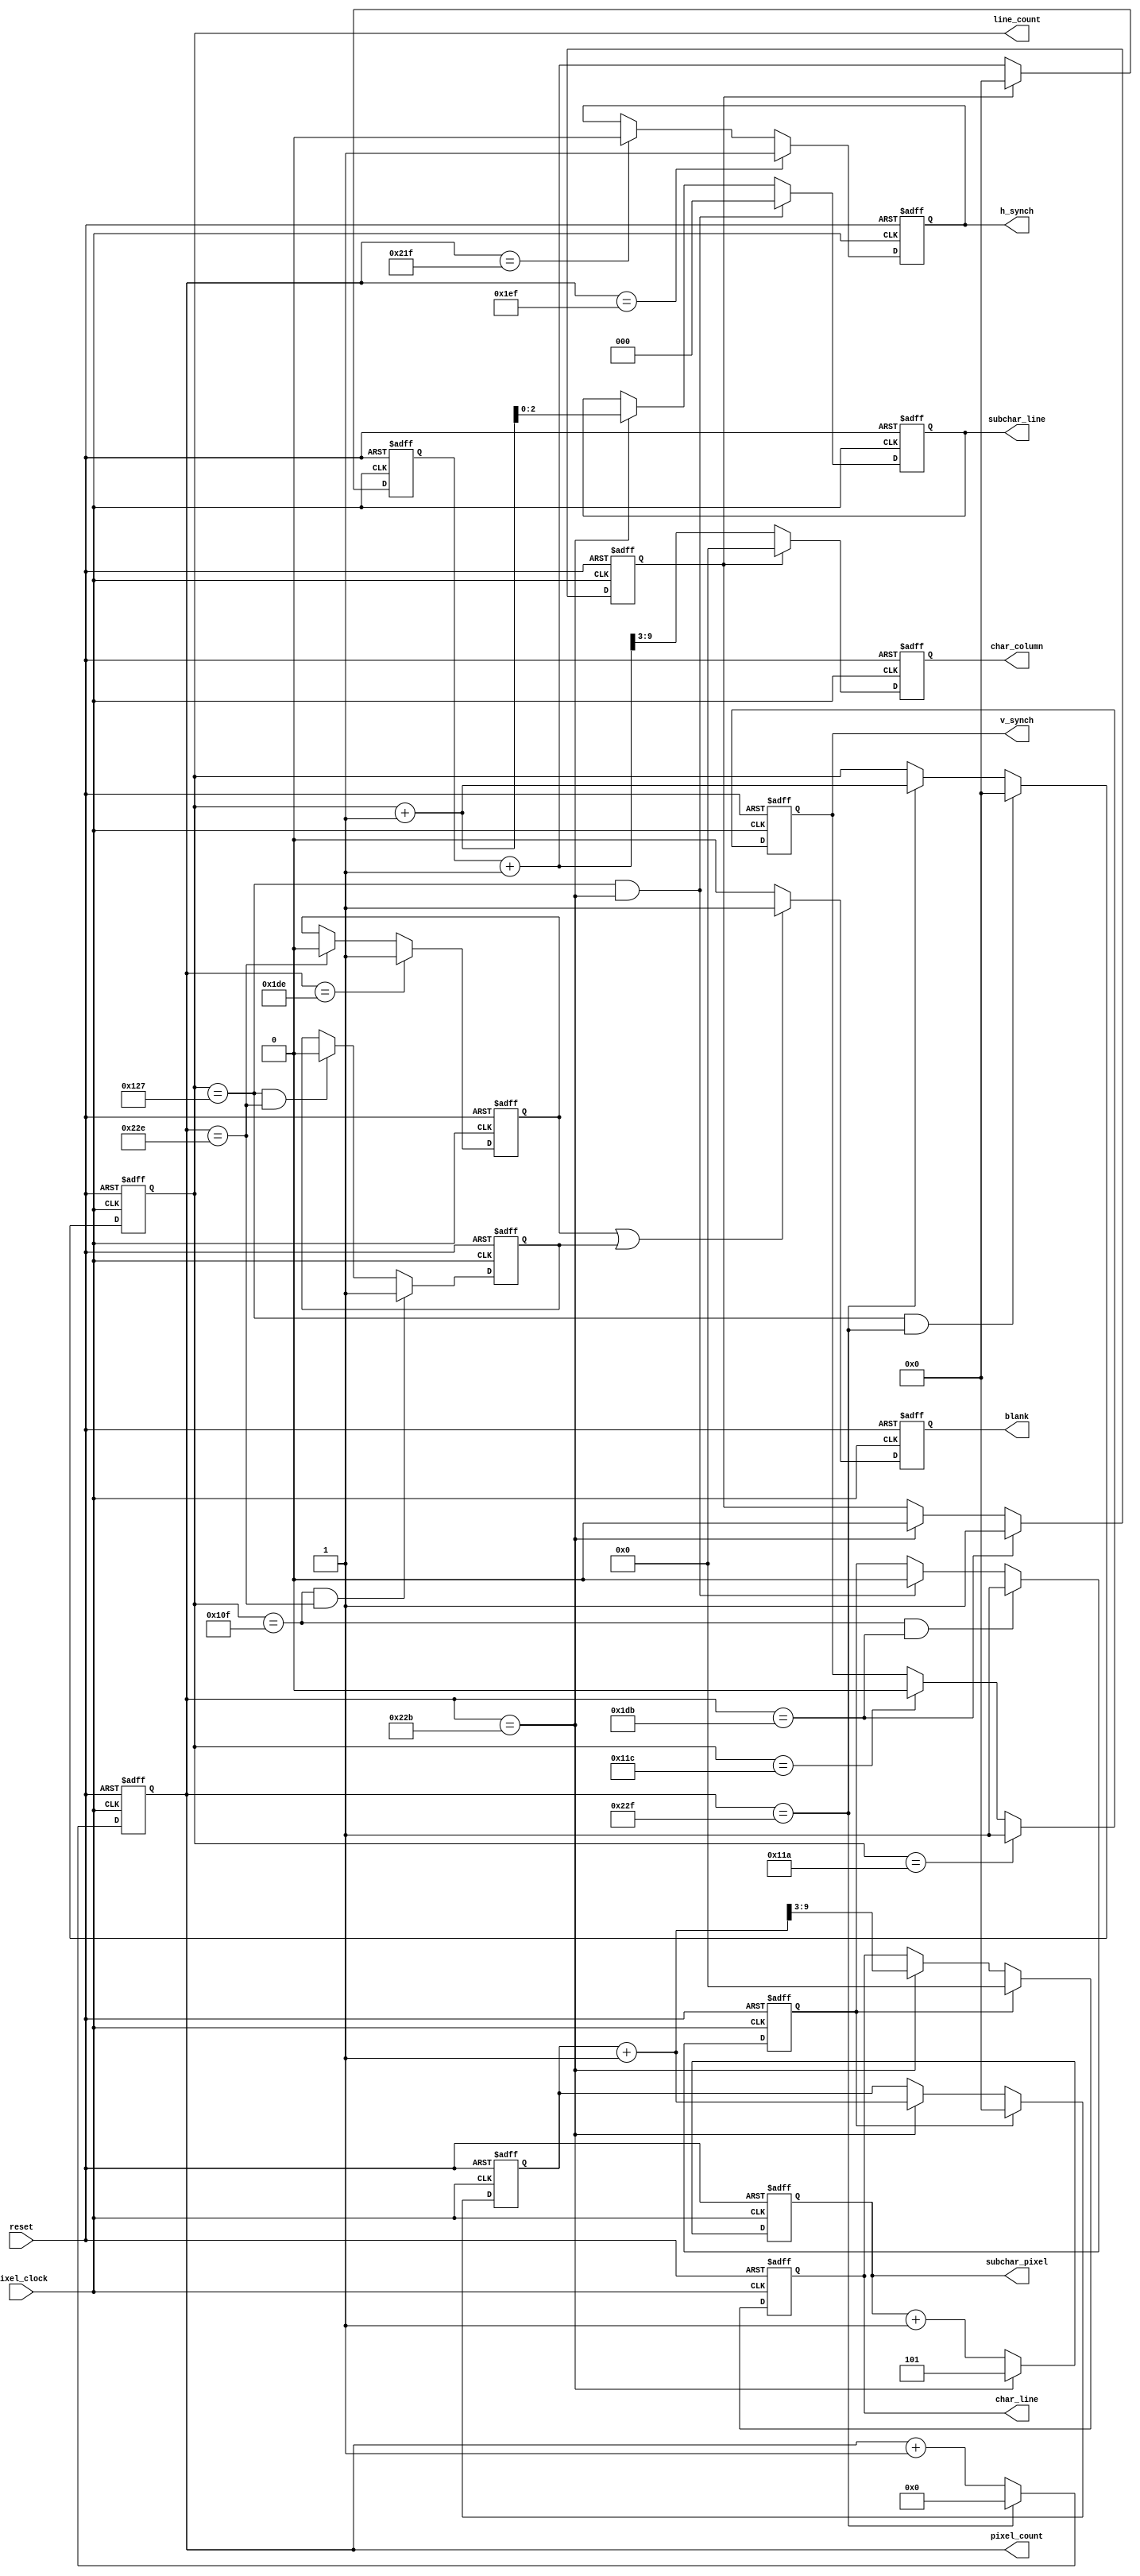
`timescale 1ns / 1ps

`define CHARACTER_DECODE_DELAY  4

//  480 X 272 @ 60Hz with a 25.175MHz pixel clock
`define H_ACTIVE 480       // pixels
`define H_FRONT_PORCH 16   // pixels
`define H_BACK_PORCH 48    // pixels
`define H_BACK_PORCH 16    // pixels
`define H_TOTAL 560        // pixels

`define V_ACTIVE 272       // lines
`define V_FRONT_PORCH 11   // lines
`define V_SYNCH 2          // lines
`define V_BACK_PORCH 11    // lines
`define V_TOTAL 296        // lines

`define CLK_MULTIPLY 2		// 50 * 2/4 = 25.000 MHz
`define CLK_DIVIDE 4

module SVGA_TIMING_GENERATION (
  input pixel_clock,              // pixel clock
  input reset,                    // reset
  output reg h_synch,             // horizontal synch for VGA connector
  output reg v_synch,             // vertical synch for VGA connector
  output reg blank,               // composite blanking
  output reg [10:0] pixel_count,  // counts the pixels in a line
  output reg [9:0] line_count,    // counts the display lines
  output reg [2:0] subchar_pixel, // pixel position within the character
  output reg [2:0] subchar_line,  // identifies the line number within a character block
  output reg [6:0] char_column,   // character number on the current line
  output reg [6:0] char_line      // line number on the screen
);

reg h_blank;                    // horizontal blanking
reg v_blank;                    // vertical blanking
reg [9:0] char_column_count;    // a counter used to define the character column number
reg [9:0] char_line_count;      // a counter used to define the character line number
reg reset_char_line;            // flag to reset the character line during VBI
reg reset_char_column;          // flag to reset the character column during HBI

// CREATE THE HORIZONTAL LINE PIXEL COUNTER
always @ (posedge pixel_clock or posedge reset) begin
  if (reset)
  // on reset set pixel counter to 0
    pixel_count <= 11'd0;
  else if (pixel_count == (`H_TOTAL - 1))
  // last pixel in the line, so reset pixel counter
    pixel_count <= 11'd0;
  else
    pixel_count <= pixel_count + 1;
end

// CREATE THE HORIZONTAL SYNCH PULSE
always @ (posedge pixel_clock or posedge reset) begin
  if (reset)
  // on reset remove h_synch
    h_synch <= 1'b0;
  else if (pixel_count == (`H_ACTIVE + `H_FRONT_PORCH - 1))
  // start of h_synch
    h_synch <= 1'b1;
  else if (pixel_count == (`H_TOTAL - `H_BACK_PORCH - 1))
  // end of h_synch
    h_synch <= 1'b0;
end

// CREATE THE VERTICAL FRAME LINE COUNTER
always @ (posedge pixel_clock or posedge reset) begin
  if (reset)
  // on reset set line counter to 0
    line_count <= 10'd0;
  else if ((line_count == (`V_TOTAL - 1)) & (pixel_count == (`H_TOTAL - 1)))
  // last pixel in last line of frame, so reset line counter
    line_count <= 10'd0;
  else if ((pixel_count == (`H_TOTAL - 1)))
  // last pixel but not last line, so increment line counter
    line_count <= line_count + 1;
end

// CREATE THE VERTICAL SYNCH PULSE
always @ (posedge pixel_clock or posedge reset) begin
  if (reset)
  // on reset remove v_synch
    v_synch = 1'b0;
  else if ((line_count == (`V_ACTIVE + `V_FRONT_PORCH - 1))) 
  // start of v_synch
    v_synch = 1'b1;
  else if ((line_count == (`V_TOTAL - `V_BACK_PORCH - 1)))
  // end of v_synch
    v_synch = 1'b0;
end

// CREATE THE HORIZONTAL BLANKING SIGNAL
// the "-2" is used instead of "-1" because of the extra register delay
// for the composite blanking signal 
always @ (posedge pixel_clock or posedge reset) begin
  if (reset)
  // on reset remove the h_blank
    h_blank <= 1'b0;
  else if (pixel_count == (`H_ACTIVE -2)) 
  // start of HBI
    h_blank <= 1'b1;
  else if (pixel_count == (`H_TOTAL -2))
  // end of HBI
    h_blank <= 1'b0;
end

// CREATE THE VERTICAL BLANKING SIGNAL
// the "-2" is used instead of "-1"  in the horizontal factor because of the extra
// register delay for the composite blanking signal 
always @ (posedge pixel_clock or posedge reset) begin
  if (reset)
  // on reset remove v_blank
    v_blank <= 1'b0;
  else if ((line_count == (`V_ACTIVE - 1) & (pixel_count == `H_TOTAL - 2))) 
  // start of VBI
    v_blank <= 1'b1;
  else if ((line_count == (`V_TOTAL - 1)) & (pixel_count == (`H_TOTAL - 2)))
  // end of VBI
    v_blank <= 1'b0;
end

// CREATE THE COMPOSITE BANKING SIGNAL
always @ (posedge pixel_clock or posedge reset) begin
  if (reset)
  // on reset remove blank
    blank <= 1'b0;
  // blank during HBI or VBI
  else if (h_blank || v_blank)
    blank <= 1'b1;
  else
  // active video do not blank
    blank <= 1'b0;
end

/* 
   CREATE THE CHARACTER COUNTER.
   CHARACTERS ARE DEFINED WITHIN AN 8 x 8 PIXEL BLOCK.

	A 640  x 480 video mode will display 80  characters on 60 lines.
	A 800  x 600 video mode will display 100 characters on 75 lines.
	A 1024 x 768 video mode will display 128 characters on 96 lines.

	"subchar_line" identifies the row in the 8 x 8 block.
	"subchar_pixel" identifies the column in the 8 x 8 block.
*/

// CREATE THE VERTICAL FRAME LINE COUNTER
always @ (posedge pixel_clock or posedge reset) begin
  if (reset)
  // on reset set line counter to 0
    subchar_line <= 3'b000;
  else if  ((line_count == (`V_TOTAL - 1)) & (pixel_count == (`H_TOTAL - 1) - 
           `CHARACTER_DECODE_DELAY))
  // reset line counter
    subchar_line <= 3'b000;
  else if (pixel_count == (`H_TOTAL - 1) - `CHARACTER_DECODE_DELAY)
  // increment line counter
    subchar_line <= line_count + 1;
end

// subchar_pixel defines the pixel within the character line
always @ (posedge pixel_clock or posedge reset) begin
  if (reset)
  // reset to 5 so that the first character data can be latched
    subchar_pixel <= 3'b101;
  else if (pixel_count == ((`H_TOTAL - 1) - `CHARACTER_DECODE_DELAY))
  // reset to 5 so that the first character data can be latched
    subchar_pixel <= 3'b101;
  else
    subchar_pixel <= subchar_pixel + 1;
end

wire [9:0] char_column_count_iter = char_column_count + 1;

always @ (posedge pixel_clock or posedge reset) begin
  if (reset) begin
    char_column_count <= 10'd0;
    char_column <= 7'd0;
  end
  else if (reset_char_column) begin
  // reset the char column count during the HBI
    char_column_count <= 10'd0;
    char_column <= 7'd0;
  end
  else begin
    char_column_count <= char_column_count_iter;
    char_column <= char_column_count_iter[9:3];
  end
end

wire [9:0] char_line_count_iter = char_line_count + 1;

always @ (posedge pixel_clock or posedge reset) begin
  if (reset) begin
    char_line_count <= 10'd0;
    char_line <= 7'd0;
  end
  else if (reset_char_line) begin
  // reset the char line count during the VBI
    char_line_count <= 10'd0;
    char_line <= 7'd0;
  end
  else if (pixel_count == ((`H_TOTAL - 1) - `CHARACTER_DECODE_DELAY)) begin
  // last pixel but not last line, so increment line counter
    char_line_count <= char_line_count_iter;
    char_line <= char_line_count_iter[9:3];
  end
end

// CREATE THE CONTROL SIGNALS FOR THE CHARACTER ADDRESS COUNTERS
/* 
	The HOLD and RESET signals are advanced from the beginning and end
	of HBI and VBI to compensate for the internal character generation
	pipeline.
*/
always @ (posedge pixel_clock or posedge reset) begin
  if (reset)
    reset_char_column <= 1'b0;
  else if (pixel_count == ((`H_ACTIVE - 1) - `CHARACTER_DECODE_DELAY))
    // start of HBI
    reset_char_column <= 1'b1;
  else if (pixel_count == ((`H_TOTAL - 1) - `CHARACTER_DECODE_DELAY))
    // end of HBI					
    reset_char_column <= 1'b0;
end

always @ (posedge pixel_clock or posedge reset) begin
  if (reset)
    reset_char_line <= 1'b0;
  else if ((line_count == (`V_ACTIVE - 1)) & (pixel_count == ((`H_ACTIVE - 1) - 
         `CHARACTER_DECODE_DELAY)))
  // start of VBI
    reset_char_line <= 1'b1;
  else if ((line_count == (`V_TOTAL - 1)) & (pixel_count == ((`H_TOTAL - 1) - 
          `CHARACTER_DECODE_DELAY)))
  // end of VBI					
    reset_char_line <= 1'b0;
end

endmodule //SVGA_TIMING_GENERATION